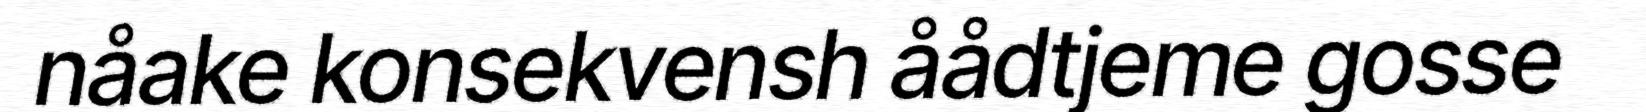
nåake konsekvensh åådtjeme gosse